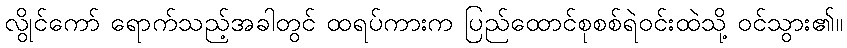
လွိုင်ကော် ရောက်သည့်အခါတွင် ထရပ်ကားက ပြည်ထောင်စုစစ်ရဲဝင်းထဲသို့ ဝင်သွား၏။